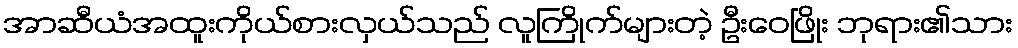
အာဆီယံအထူးကိုယ်စားလှယ်သည် လူကြိုက်များတဲ့ ဦးဝေဖြိုး ဘုရား၏သား